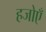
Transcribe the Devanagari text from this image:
हजोएँ